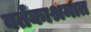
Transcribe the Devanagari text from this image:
वर्तकाश्रमात